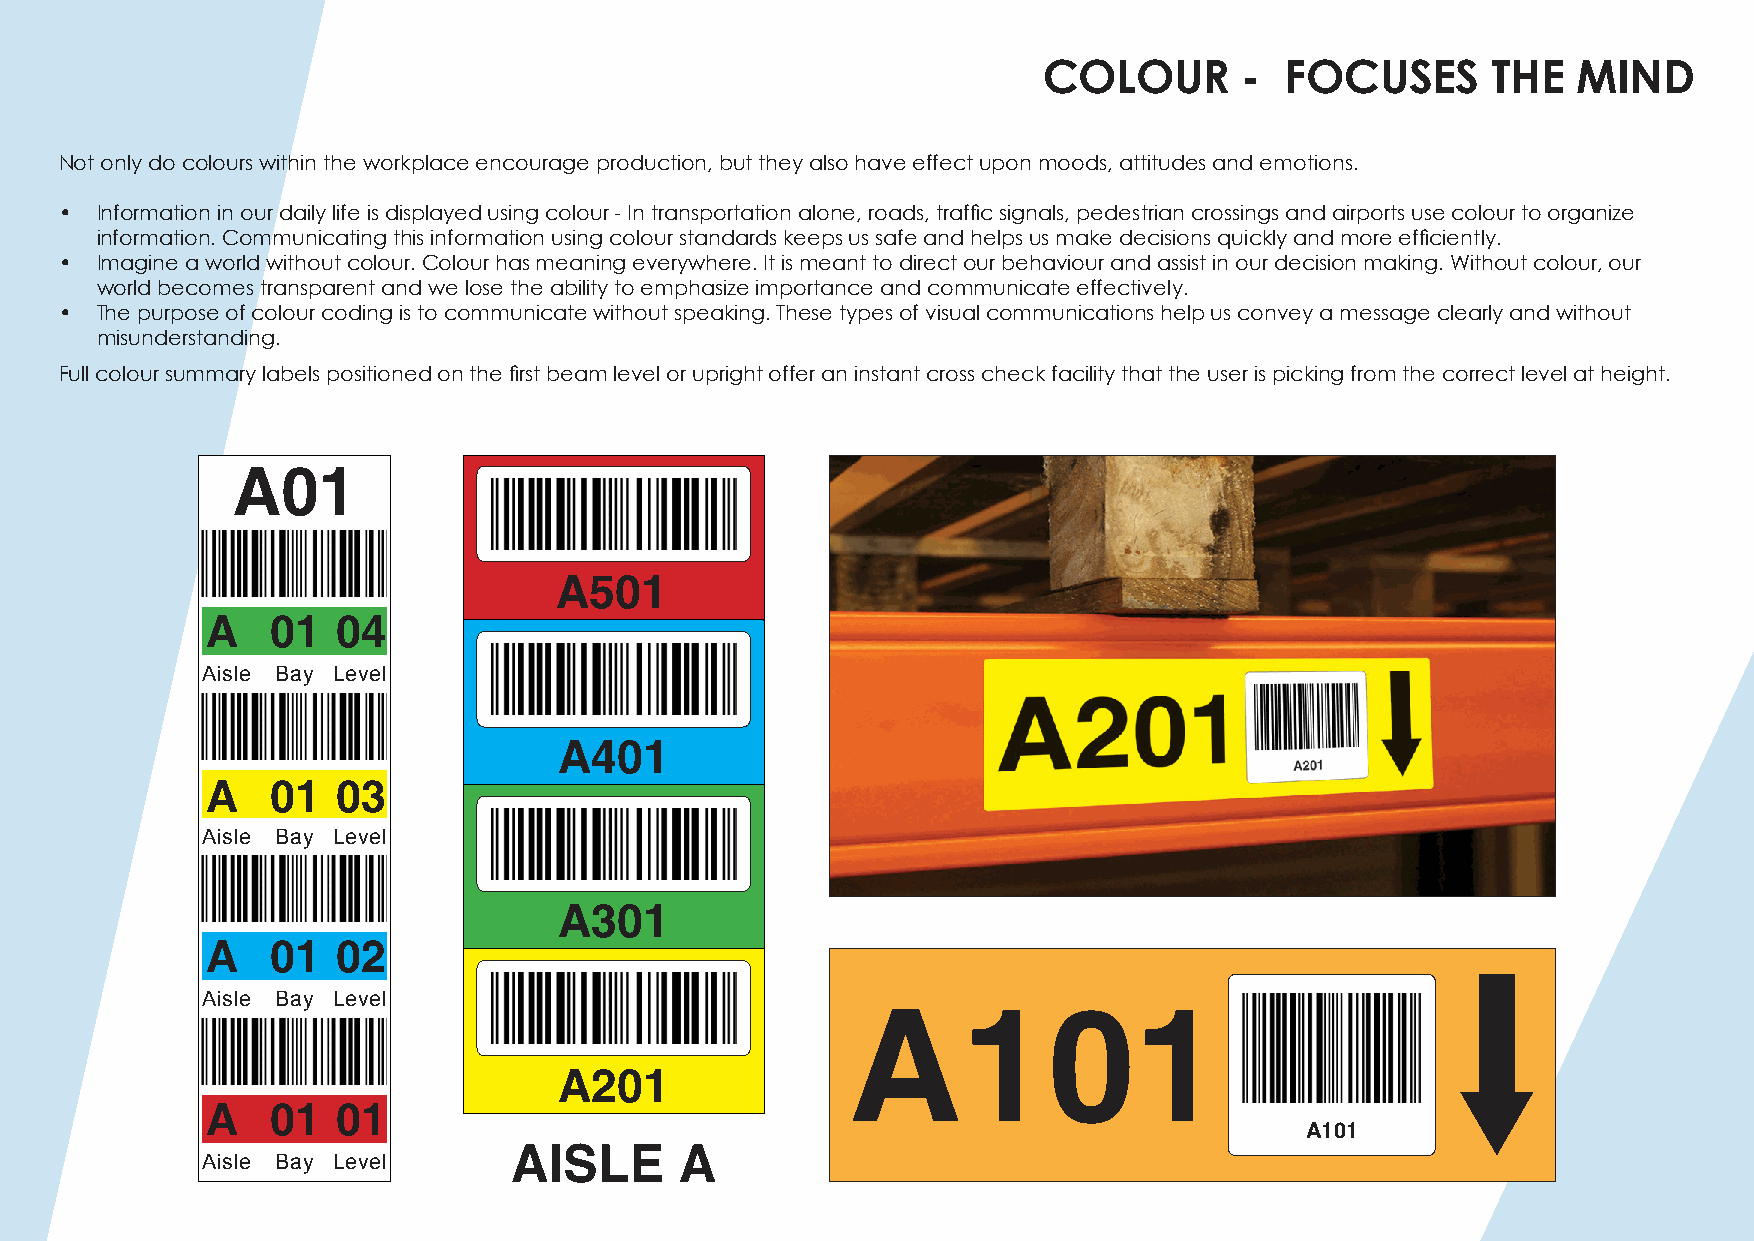
COLOUR       -  FOCUSES       THE  MIND
 Not only do colours within the workplace encourage production, but they also have effect upon moods, attitudes and emotions.
 • Information in our daily life is displayed using colour - In transportation alone, roads, traffic signals, pedestrian crossings and airports use colour to organize
 information. Communicating this information using colour standards keeps us safe and helps us make decisions quickly and more efficiently.
 • Imagine a world without colour. Colour has meaning everywhere. It is meant to direct our behaviour and assist in our decision making. Without colour, our
 world becomes transparent and we lose the ability to emphasize importance and communicate effectively.
 • The purpose of colour coding is to communicate without speaking. These types of visual communications help us convey a message clearly and without
 misunderstanding.
 Full colour summary labels positioned on the first beam level or upright offer an instant cross check facility that the user is picking from the correct level at height.
 A01
 A501
 A   01  04
 Aisle Bay Level
 A401
 A   01  03
 Aisle Bay Level
 A301
 A   01  02
 Aisle Bay Level
 A101
 A201
 A   01  01
 A101
 AISLE      A
 Aisle Bay Level